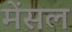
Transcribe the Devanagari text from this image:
मेंसल